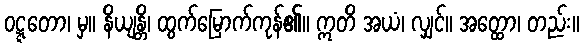
ဝဋ္ဋတော၊ မှ။ နိယျန္တိ၊ ထွက်မြောက်ကုန်၏။ ဣတိ အယံ၊ လျှင်။ အတ္ထော၊ တည်း။